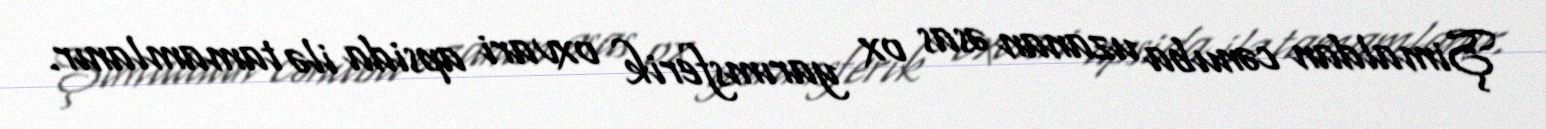
Şimaldan cənuba uzanan əsas ox yarımsferik oxvari apsida ilə tamamlanır.